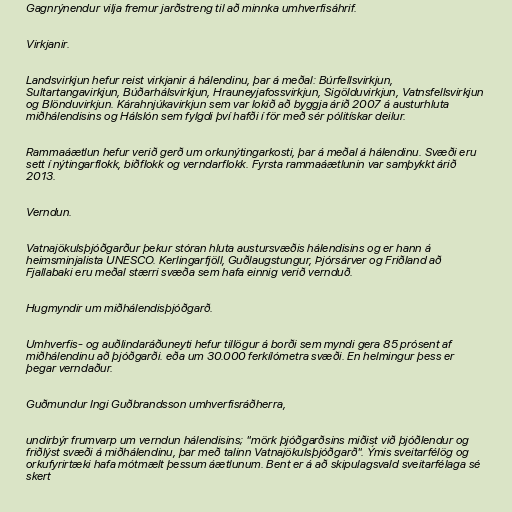
Gagnrýnendur vilja fremur jarðstreng til að minnka umhverfisáhrif.

Virkjanir.

Landsvirkjun hefur reist virkjanir á hálendinu, þar á meðal: Búrfellsvirkjun,
Sultartangavirkjun, Búðarhálsvirkjun, Hrauneyjafossvirkjun, Sigölduvirkjun, Vatnsfellsvirkjun
og Blönduvirkjun. Kárahnjúkavirkjun sem var lokið að byggja árið 2007 á austurhluta
miðhálendisins og Hálslón sem fylgdi því hafði í för með sér pólitískar deilur.

Rammaáætlun hefur verið gerð um orkunýtingarkosti, þar á meðal á hálendinu. Svæði eru
sett í nýtingarflokk, biðflokk og verndarflokk. Fyrsta rammaáætlunin var samþykkt árið
2013.

Verndun.

Vatnajökulsþjóðgarður þekur stóran hluta austursvæðis hálendisins og er hann á
heimsminjalista UNESCO. Kerlingarfjöll, Guðlaugstungur, Þjórsárver og Friðland að
Fjallabaki eru meðal stærri svæða sem hafa einnig verið vernduð.

Hugmyndir um miðhálendisþjóðgarð.

Umhverfis- og auðlindaráðuneyti hefur tillögur á borði sem myndi gera 85 prósent af
miðhálendinu að þjóðgarði. eða um 30.000 ferkílómetra svæði. En helmingur þess er
þegar verndaður.

Guðmundur Ingi Guðbrandsson umhverfisráðherra,

undirbýr frumvarp um verndun hálendisins; "mörk þjóðgarðsins miðist við þjóðlendur og
friðlýst svæði á miðhálendinu, þar með talinn Vatnajökulsþjóðgarð". Ýmis sveitarfélög og
orkufyrirtæki hafa mótmælt þessum áætlunum. Bent er á að skipulagsvald sveitarfélaga sé
skert